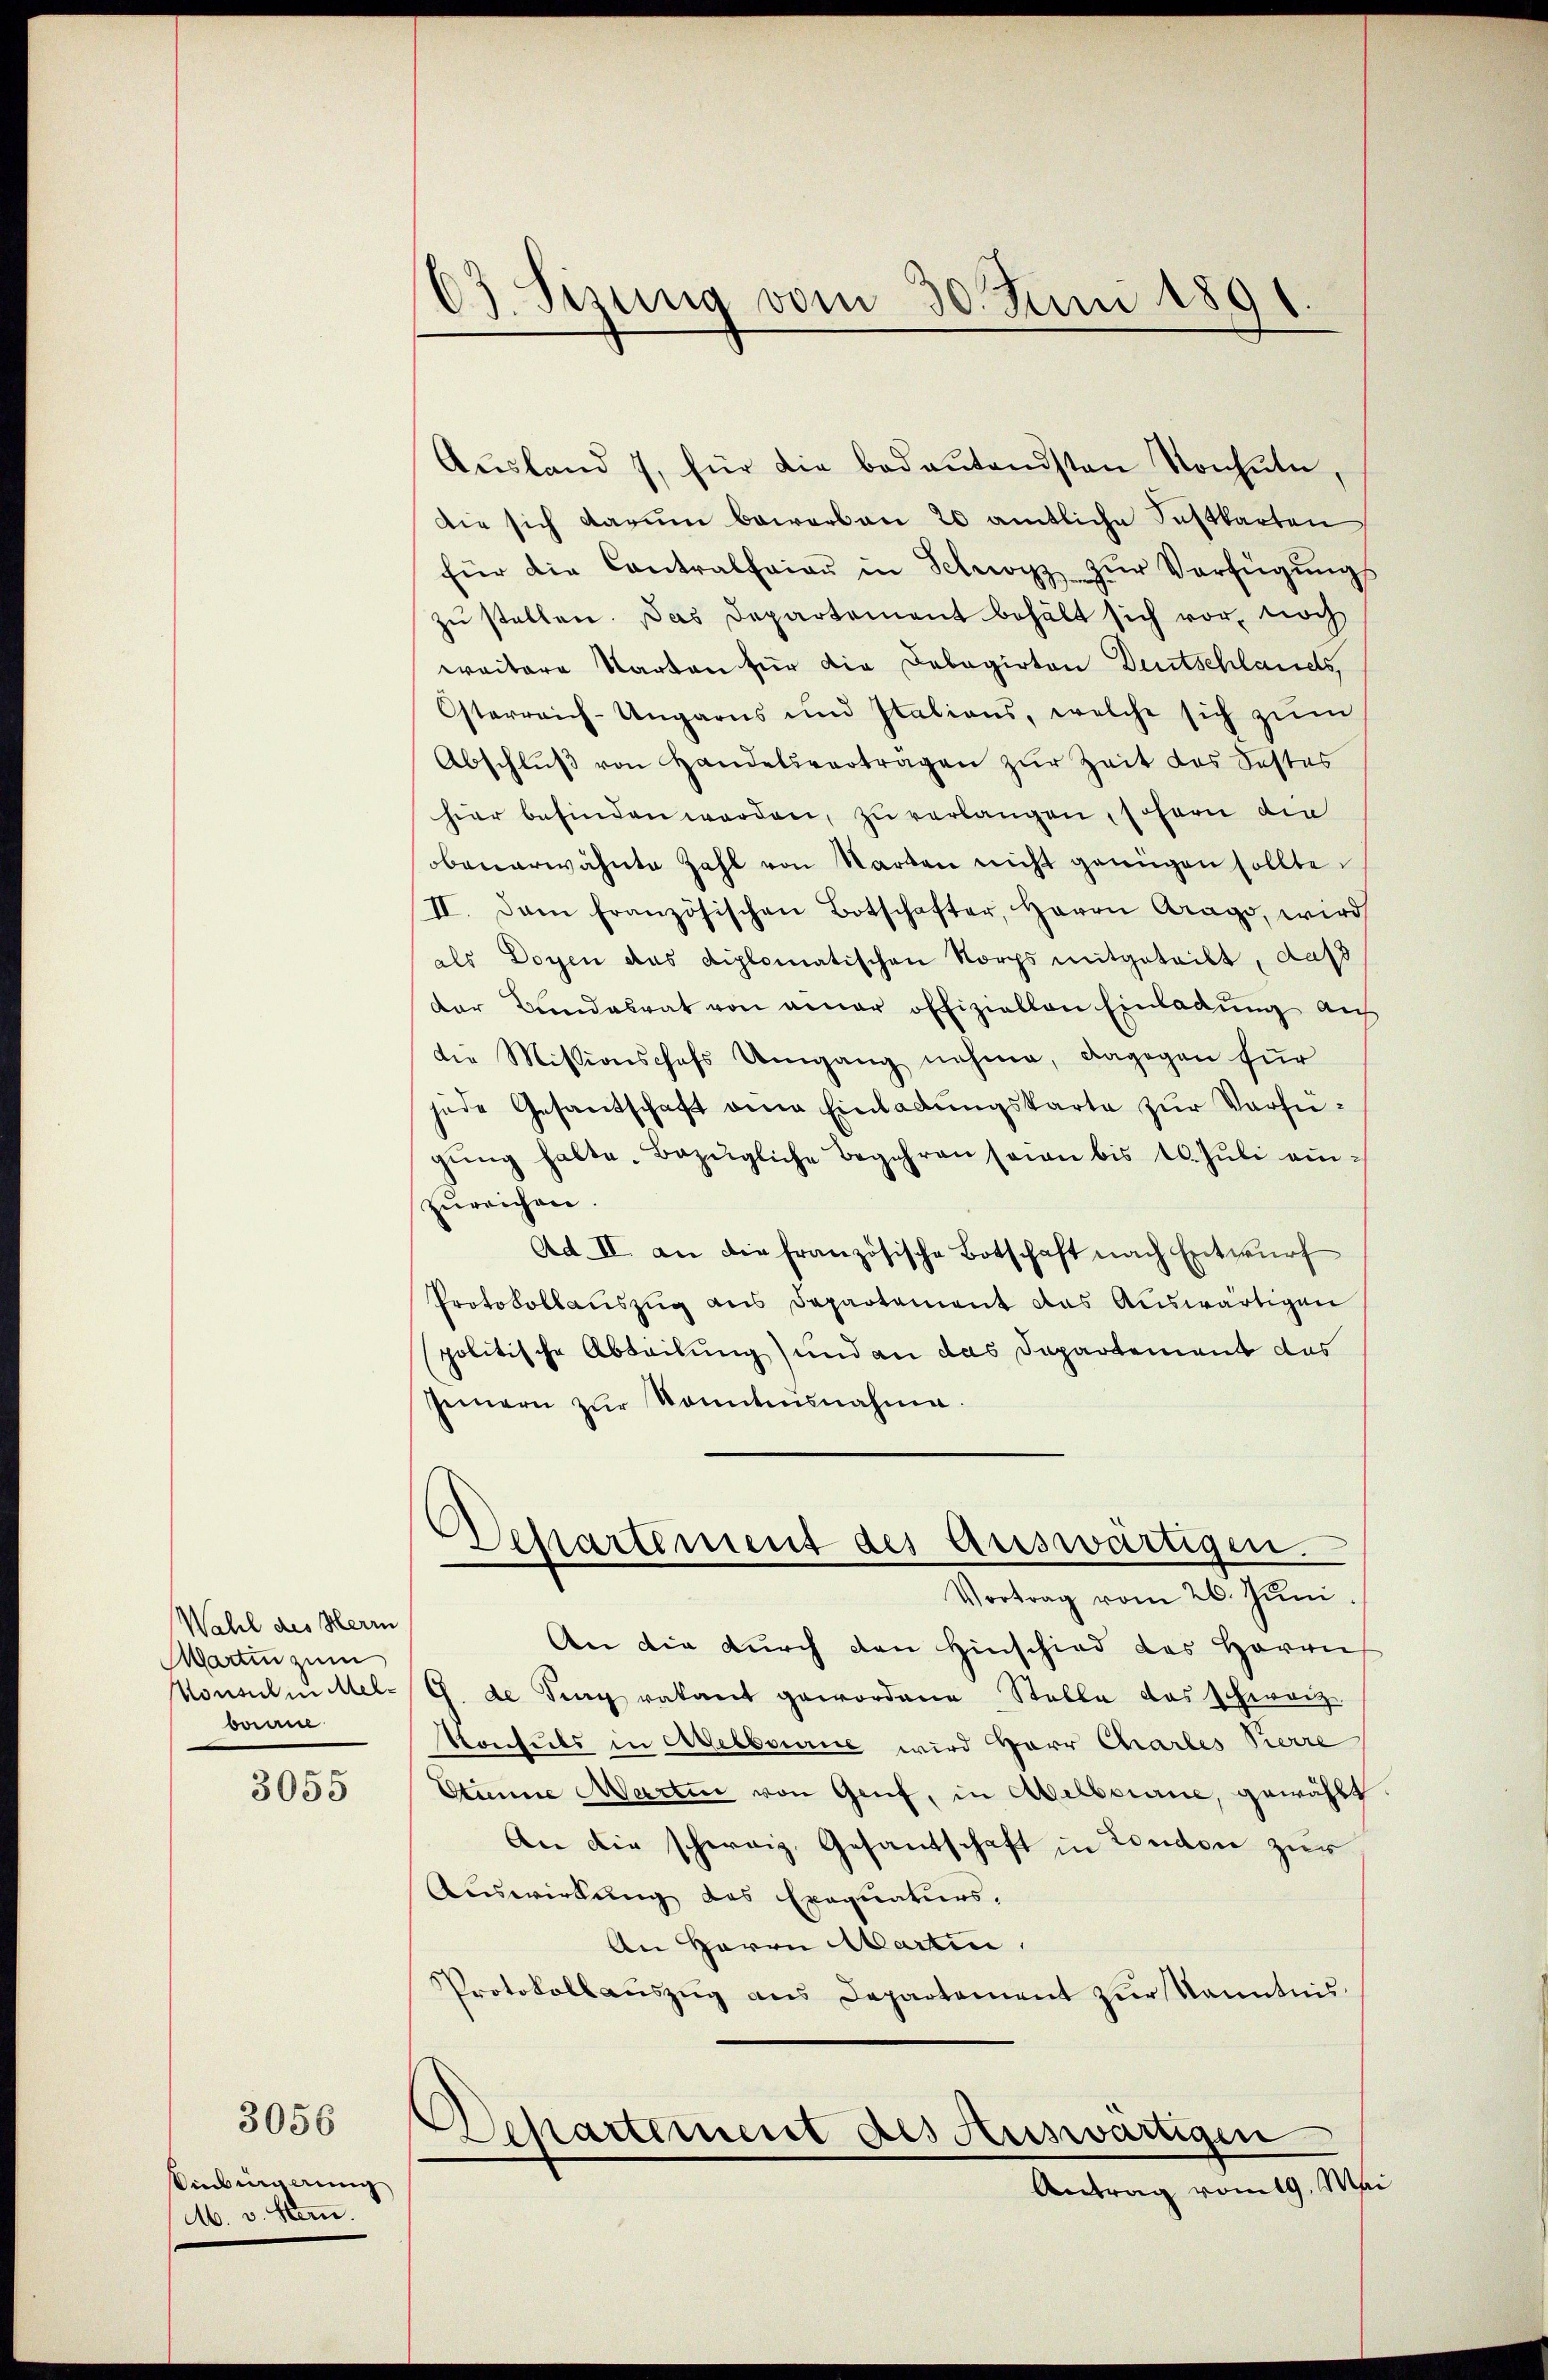
Wahl des Herrn
Warten zum
Konsul in Melbanne

3055

Vinbingerung
M. v. Stern.

3056

03. Sisung vom 30. Juni 1891

Aŭsland 7. für die bedaŭtendsten Konsŭtn
die sich darum bewerben 20 amtliche Festkarten
für die Contralfaier in Schwyz zŭr Verfügŭngs-
zŭ stellen. Das Departement behält sich vor, noch
weitere Warten für die Debagirten Deutschlands,
Osterreich-Ungarns und Italians, welche sich zŭm
Abschlŭβ von Handelsverträgen zur Zeit des Festes
hier befinden werden, zu verlangen, schern die
obenerwähnte Zahl von Warten nicht genügen sollte.
II. Dann französischen Botschafter, Herrn Arago, wird
als Doyen das diplomatischen Norps mitgeteilt, daß
der Bundesrat von einer offiziellen Einladung aus
die Missionschefs Umgang nehme, dagegen für
jede Gesandschaft eine Einladŭngskarte zŭr Vorsigŭng halte. Bezügliche Begehren sein bis 10. Jŭli ein-
zŭreichen.
Ad II an die französische Botschaft nach Entwurf
Protokollauszug aus Dapartament das Auswärtigen
politische Abteilung) und an das Departement das
Jennern zŭr Sonntesnahme.
Desartement des Auswärtigen.
Vortrag vom 26. Juni.
An die durch den Hinschied des Herrn
G. de Sieg vakant gewordene Stelle das Schweiz.
Konsuls in Adelbourie wird Herr Chartes Pierre
Stinne Martin von Genf, in Abelbourne, gewählt
An die schweiz. Gesantschaft in London zur
Auswirkung des Exequatiers,
An Herrn Martin
Protokollauszug aus Departement zur Kenntnis
Departement des Auswärtigen
Antrag vom 19. Mai